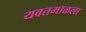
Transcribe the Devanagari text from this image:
यवतमाळला